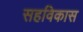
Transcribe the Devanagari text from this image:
सहविकास